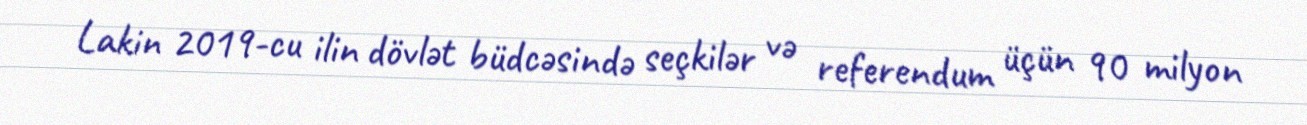
Lakin 2019-cu ilin dövlət büdcəsində seçkilər və referendum üçün 90 milyon